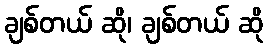
ချစ်တယ် ဆို၊ ချစ်တယ် ဆို